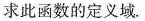
求此函数的定义域.